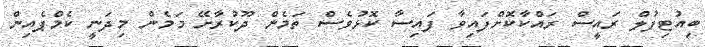
ބިއުޓިފުލް ރައީސް ރައްކާކޮށްފައިވާ ފައިސާ ކޮޅުވެސް ތަމެން ދޫކުރާށޭ މަމެން މިދަނީ ކެމްޕެއިން